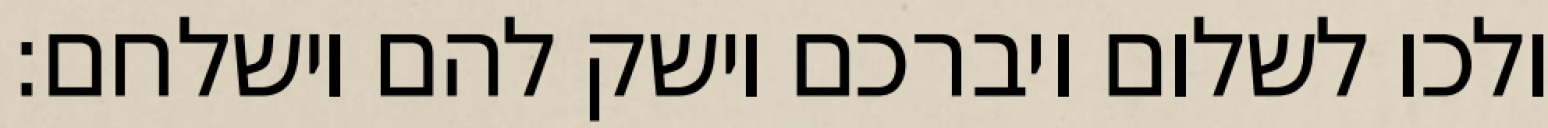
ולכו לשלום ויברכם וישק להם וישלחם: